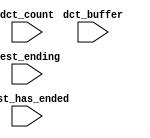
//Legal Notice: (C)2016 Altera Corporation. All rights reserved.  Your
//use of Altera Corporation's design tools, logic functions and other
//software and tools, and its AMPP partner logic functions, and any
//output files any of the foregoing (including device programming or
//simulation files), and any associated documentation or information are
//expressly subject to the terms and conditions of the Altera Program
//License Subscription Agreement or other applicable license agreement,
//including, without limitation, that your use is for the sole purpose
//of programming logic devices manufactured by Altera and sold by Altera
//or its authorized distributors.  Please refer to the applicable
//agreement for further details.

// synthesis translate_off
`timescale 1ns / 1ps
// synthesis translate_on

// turn off superfluous verilog processor warnings 
// altera message_level Level1 
// altera message_off 10034 10035 10036 10037 10230 10240 10030 

module nios_cpu_nios2_cpu_oci_test_bench (
                                           // inputs:
                                            dct_buffer,
                                            dct_count,
                                            test_ending,
                                            test_has_ended
                                         )
;

  input   [ 29: 0] dct_buffer;
  input   [  3: 0] dct_count;
  input            test_ending;
  input            test_has_ended;


endmodule